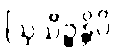
ဩသိဉ္စန္တိပိ